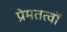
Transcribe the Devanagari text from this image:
प्रेमतत्वों